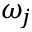
\omega _ { j }